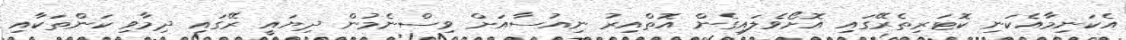
އެކަނިމާއެކަނި ކޮޓަރިތެރޭގައި އޮށޯވެލައިގެން އޮތްއިރު ނިއުސާއަށް ވިސްނެމުން ދިޔައީ ރޭގައި ދިމާވި ކަންތަކާއި